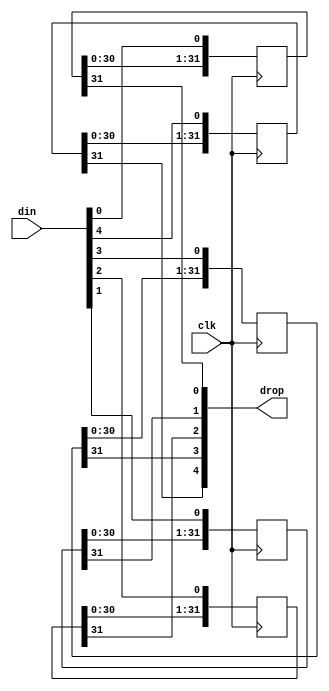
module jt51_sh #(parameter width=5, stages=32 )
(
	input 							clk,
	input		[width-1:0]			din,
   	output		[width-1:0]			drop
);

reg [stages-1:0] bits[width-1:0];

genvar i;
generate
	for (i=0; i < width; i=i+1) begin: bit_shifter
		always @(posedge clk)
			bits[i] <= {bits[i][stages-2:0], din[i]};
		assign drop[i] = bits[i][stages-1];
	end
endgenerate

endmodule